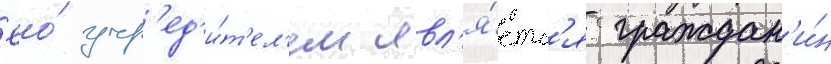
Ео́ учр'ед'и́т'ел'ем явл'я́етс'я граждан'и́н